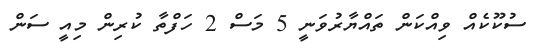
ސުކޫކެއް ވިއްކަން ތައްޔާރުވަނީ 5 މަސް 2 ހަފްތާ ކުރިން މިއީ ސަން